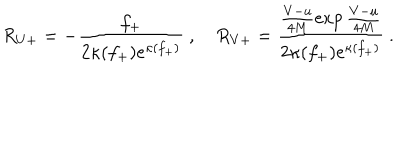
LaTeX: R _ { U + } = - \frac { f _ { + } } { 2 \kappa ( f _ { + } ) e ^ { \kappa ( f _ { + } ) } } \ , \quad R _ { V + } = \frac { \frac { V - u } { 4 M } \exp \frac { V - u } { 4 M } } { 2 \kappa ( f _ { + } ) e ^ { \kappa ( f _ { + } ) } } \ .